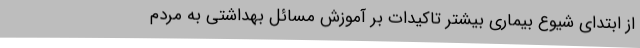
از ابتدای شیوع بیماری بیشتر تاکیدات بر آموزش مسائل بهداشتی به مردم